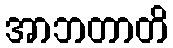
အာဘတာတိ